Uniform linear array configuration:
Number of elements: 12
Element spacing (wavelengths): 1
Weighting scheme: blackman
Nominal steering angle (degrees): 60
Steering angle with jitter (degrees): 58.502
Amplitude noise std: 0.05
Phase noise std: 0.05

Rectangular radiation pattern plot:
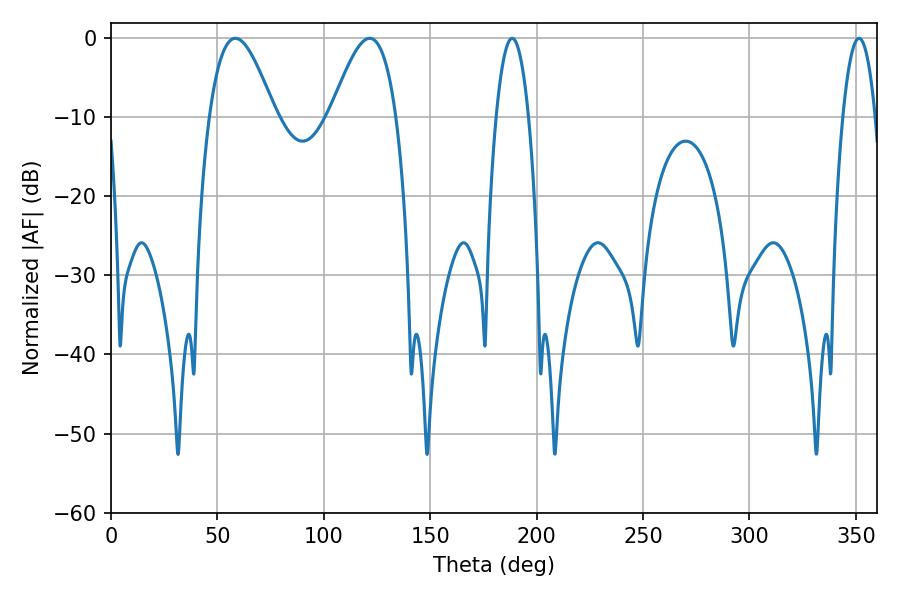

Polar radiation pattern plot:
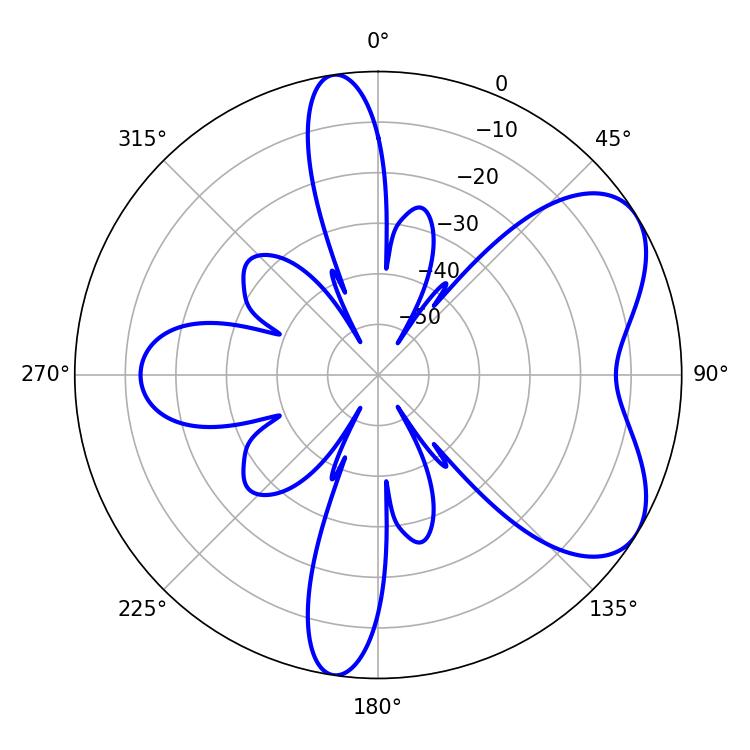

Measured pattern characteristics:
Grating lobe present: TRUE
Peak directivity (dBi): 6.015
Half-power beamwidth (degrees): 16.74
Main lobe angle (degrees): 58.5